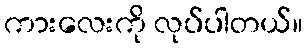
ကားလေးကို လုပ်ပါတယ်။